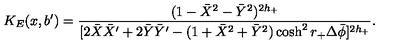
K _ { E } ( x , b ^ { \prime } ) = { \frac { ( 1 - \bar { X } ^ { 2 } - \bar { Y } ^ { 2 } ) ^ { 2 h _ { + } } } { [ 2 \bar { X } \bar { X } ^ { \prime } + 2 \bar { Y } \bar { Y } ^ { \prime } - ( 1 + \bar { X } ^ { 2 } + \bar { Y } ^ { 2 } ) \cosh ^ { 2 } r _ { + } \Delta \bar { \phi } ] ^ { 2 h _ { + } } } } .